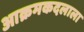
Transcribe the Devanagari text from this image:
आक्रमकदलाला